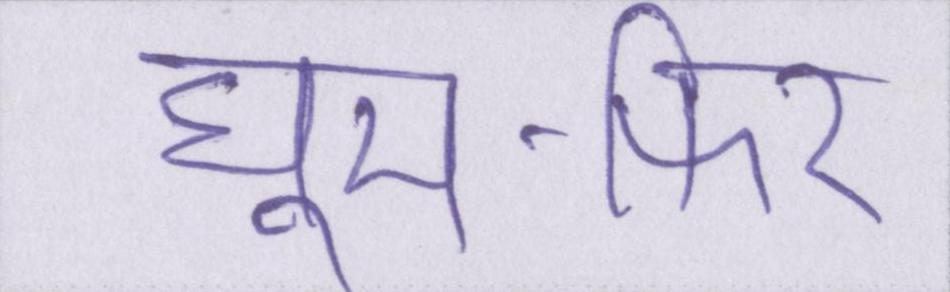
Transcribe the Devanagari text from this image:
घूम-फिर